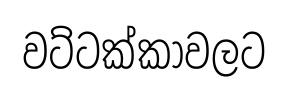
වට්ටක්කාවලට